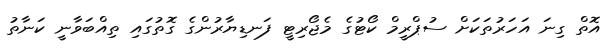
އޮތް ގިނަ އަހަރުތަކަށް ސުޕްރީމް ކޯޓުގެ މެޖޯރިޓީ ފަނޑިޔާރުންގެ ގޮތުގައި ތިއްބަވާނީ ކަނާތު